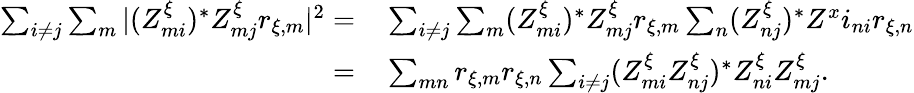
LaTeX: \begin{array}{rl}{\sum_{i\neq j}\sum_{m}|(Z_{mi}^{\xi})^{*}Z_{mj}^{\xi}r_{\xi,m}|^{2}=\, }&{\sum_{i\neq j}\sum_{m}(Z_{mi}^{\xi})^{*}Z_{mj}^{\xi}r_{\xi,m}\sum_{n}(Z_{nj}^{\xi})^{*}Z^{x}i_{ni}r_{\xi,n}}\\ {=\, }&{\sum_{mn}r_{\xi,m}r_{\xi,n}\sum_{i\neq j}(Z_{mi}^{\xi}Z_{nj}^{\xi})^{*}Z_{ni}^{\xi}Z_{mj}^{\xi}.}\end{array}